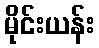
မိုင်းယန်း